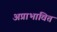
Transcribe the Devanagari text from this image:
अप्राभावित